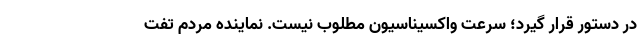
در دستور قرار گیرد؛ سرعت واکسیناسیون مطلوب نیست. نماینده مردم تفت